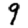
Digit: 9